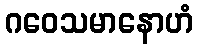
ဂဝေသမာနောဟံ